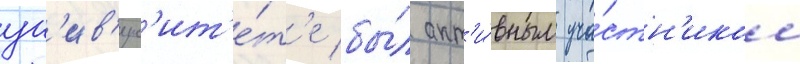
ун'ив'ерс'ит'е́т'е бы́л акт'и́вным уча́стн'иком